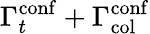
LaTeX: \Gamma_{t}^{\mathrm{conf}}+\Gamma_{\mathrm{col}}^{\mathrm{conf}}